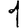
Digit: 1